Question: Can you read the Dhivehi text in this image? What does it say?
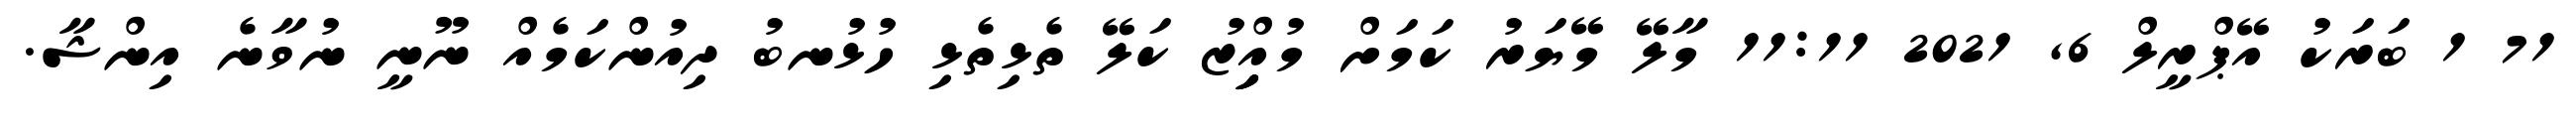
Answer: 71 1 ބަރަކު އޭޕްރީލް 6, 2021 11:11 މާލޭ މޭޔަރު ކަމަށް މުއިިިިިްޒު ކަލޭ ތެޅިތެޅި ހުޅުނބު ދިއުންކަމެއް ނޫނީ ނުވާނެ އިންޝާ.